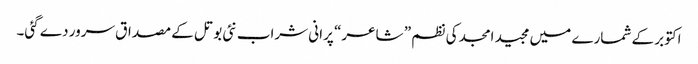
اکتوبر کے شمارے میں مجید امجد کی نظم ” شاعر“ پرانی شراب نئی بوتل کے مصداق سرور دے گئی۔